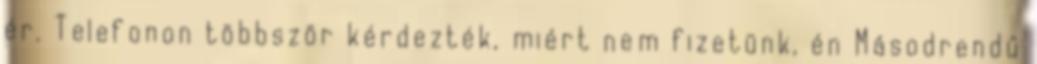
ér. Telefonon többször kérdezték, miért nem fizetünk, én Másodrendű